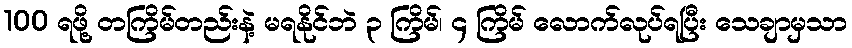
100 ရဖို့ တကြိမ်တည်းနဲ့ မရနိုင်ဘဲ ၃ ကြိမ်၊ ၄ ကြိမ် လောက်လုပ်ရပြီး သေချာမှသာ